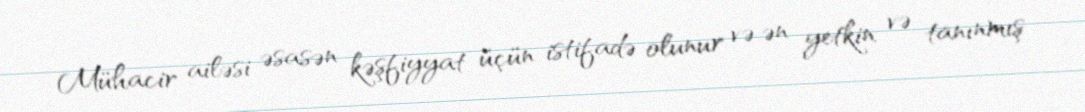
Mühacir ailəsi əsasən kəşfiyyat üçün istifadə olunur və ən yetkin və tanınmış